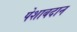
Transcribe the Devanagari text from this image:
पेशाबदान